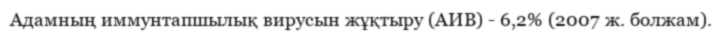
Адамның иммунтапшылық вирусын жұқтыру (АИВ) - 6,2% (2007 ж. болжам).